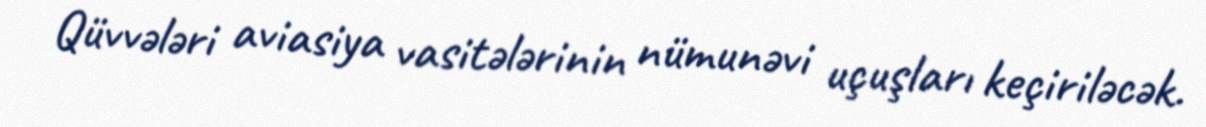
Qüvvələri aviasiya vasitələrinin nümunəvi uçuşları keçiriləcək.